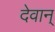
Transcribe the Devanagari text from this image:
देवान्